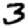
Digit: 3